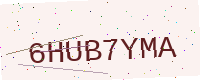
Text: 6HUB7YMA